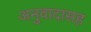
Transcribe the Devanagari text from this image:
अनुवादासह